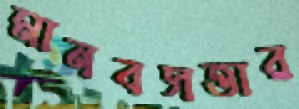
মানবসত্তার